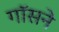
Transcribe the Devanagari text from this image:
गॉसने